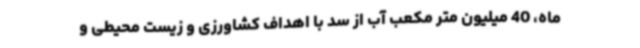
ماه، 40 میلیون متر مکعب آب از سد با اهداف کشاورزی و زیست محیطی و